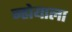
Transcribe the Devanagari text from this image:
न्ह्येयाला